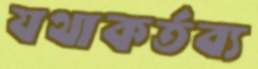
যথাকর্তব্য